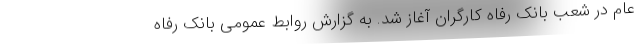
عام در شعب بانک رفاه کارگران آغاز شد. به گزارش روابط عمومی بانک رفاه